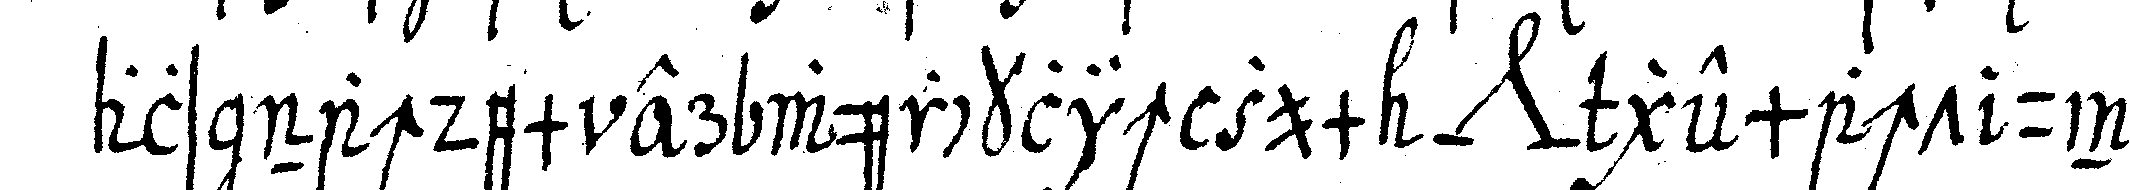
als nachdem er würcklich zum *nee* gemacht und